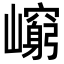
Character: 𡾈